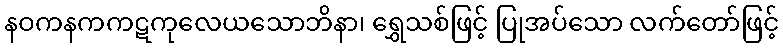
နဝကနကကဋကုလေယသောဘိနာ၊ ရွှေသစ်ဖြင့် ပြုအပ်သော လက်တော်ဖြင့်